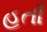
હતાઁ